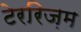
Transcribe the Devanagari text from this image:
टेररिज़म